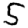
Digit: 5